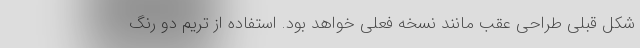
شکل قبلی طراحی عقب مانند نسخه فعلی خواهد بود. استفاده از تریم دو رنگ